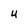
Character: 4